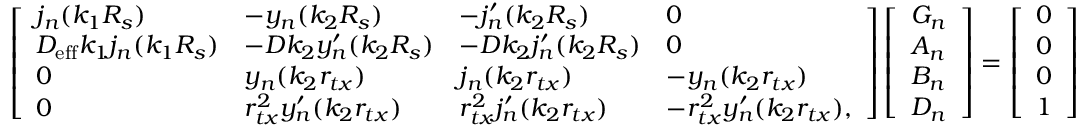
\left[ \begin{array} { l l l l } { j _ { n } ( k _ { 1 } R _ { s } ) } & { - y _ { n } ( k _ { 2 } R _ { s } ) } & { - j _ { n } ^ { \prime } ( k _ { 2 } R _ { s } ) } & { 0 } \\ { D _ { \mathrm { e f f } } k _ { 1 } j _ { n } ( k _ { 1 } R _ { s } ) } & { - D k _ { 2 } y _ { n } ^ { \prime } ( k _ { 2 } R _ { s } ) } & { - D k _ { 2 } j _ { n } ^ { \prime } ( k _ { 2 } R _ { s } ) } & { 0 } \\ { 0 } & { y _ { n } ( k _ { 2 } r _ { t x } ) } & { j _ { n } ( k _ { 2 } r _ { t x } ) } & { - y _ { n } ( k _ { 2 } r _ { t x } ) } \\ { 0 } & { r _ { t x } ^ { 2 } y _ { n } ^ { \prime } ( k _ { 2 } r _ { t x } ) } & { r _ { t x } ^ { 2 } j _ { n } ^ { \prime } ( k _ { 2 } r _ { t x } ) } & { - r _ { t x } ^ { 2 } y _ { n } ^ { \prime } ( k _ { 2 } r _ { t x } ) , } \end{array} \right] \left[ \begin{array} { l } { G _ { n } } \\ { A _ { n } } \\ { B _ { n } } \\ { D _ { n } } \end{array} \right] = \left[ \begin{array} { l } { 0 } \\ { 0 } \\ { 0 } \\ { 1 } \end{array} \right]